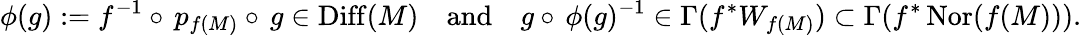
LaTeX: \phi(g):=f^{-1}\circ\, p_{f(M)}\circ\, g\in\operatorname{Diff}(M)\quad{\mathrm{and}}\quad g\circ\, \phi(g)^{-1}\in\Gamma(f^{*}W_{f(M)})\subset\Gamma(f^{*}\operatorname{Nor}(f(M))).